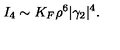
I _ { 4 } \sim K _ { F } \rho ^ { 6 } | \gamma _ { 2 } | ^ { 4 } .